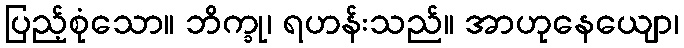
ပြည့်စုံသော။ ဘိက္ခု၊ ရဟန်းသည်။ အာဟုနေယျော၊